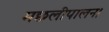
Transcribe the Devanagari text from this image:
मछलीपालन।